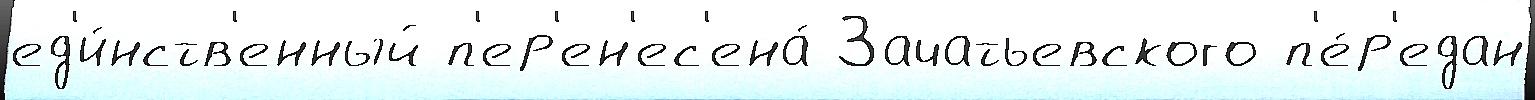
ед'и́нств'енный п'ер'ен'ес'ена́ Зачатьевского п'е́р'едан